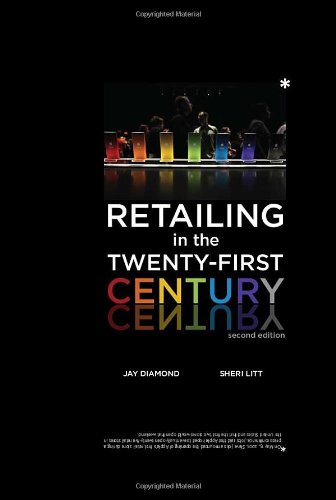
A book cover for Retailing in the Twenty-First Century 2nd Edition; Jay Diamond; Business & Money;